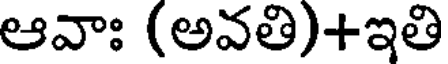
ఆవాః (అవతి)+ఇతి